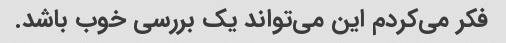
فکر می‌کردم این می‌تواند یک بررسی خوب باشد.